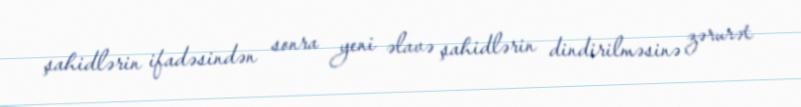
şahidlərin ifadəsindən sonra yeni əlavə şahidlərin dindirilməsinə zərurət